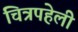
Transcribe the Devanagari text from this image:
चित्रपहेली